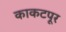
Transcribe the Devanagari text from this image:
काकटपूर